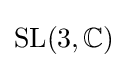
\mathrm {SL} (3,\mathbb {C} )